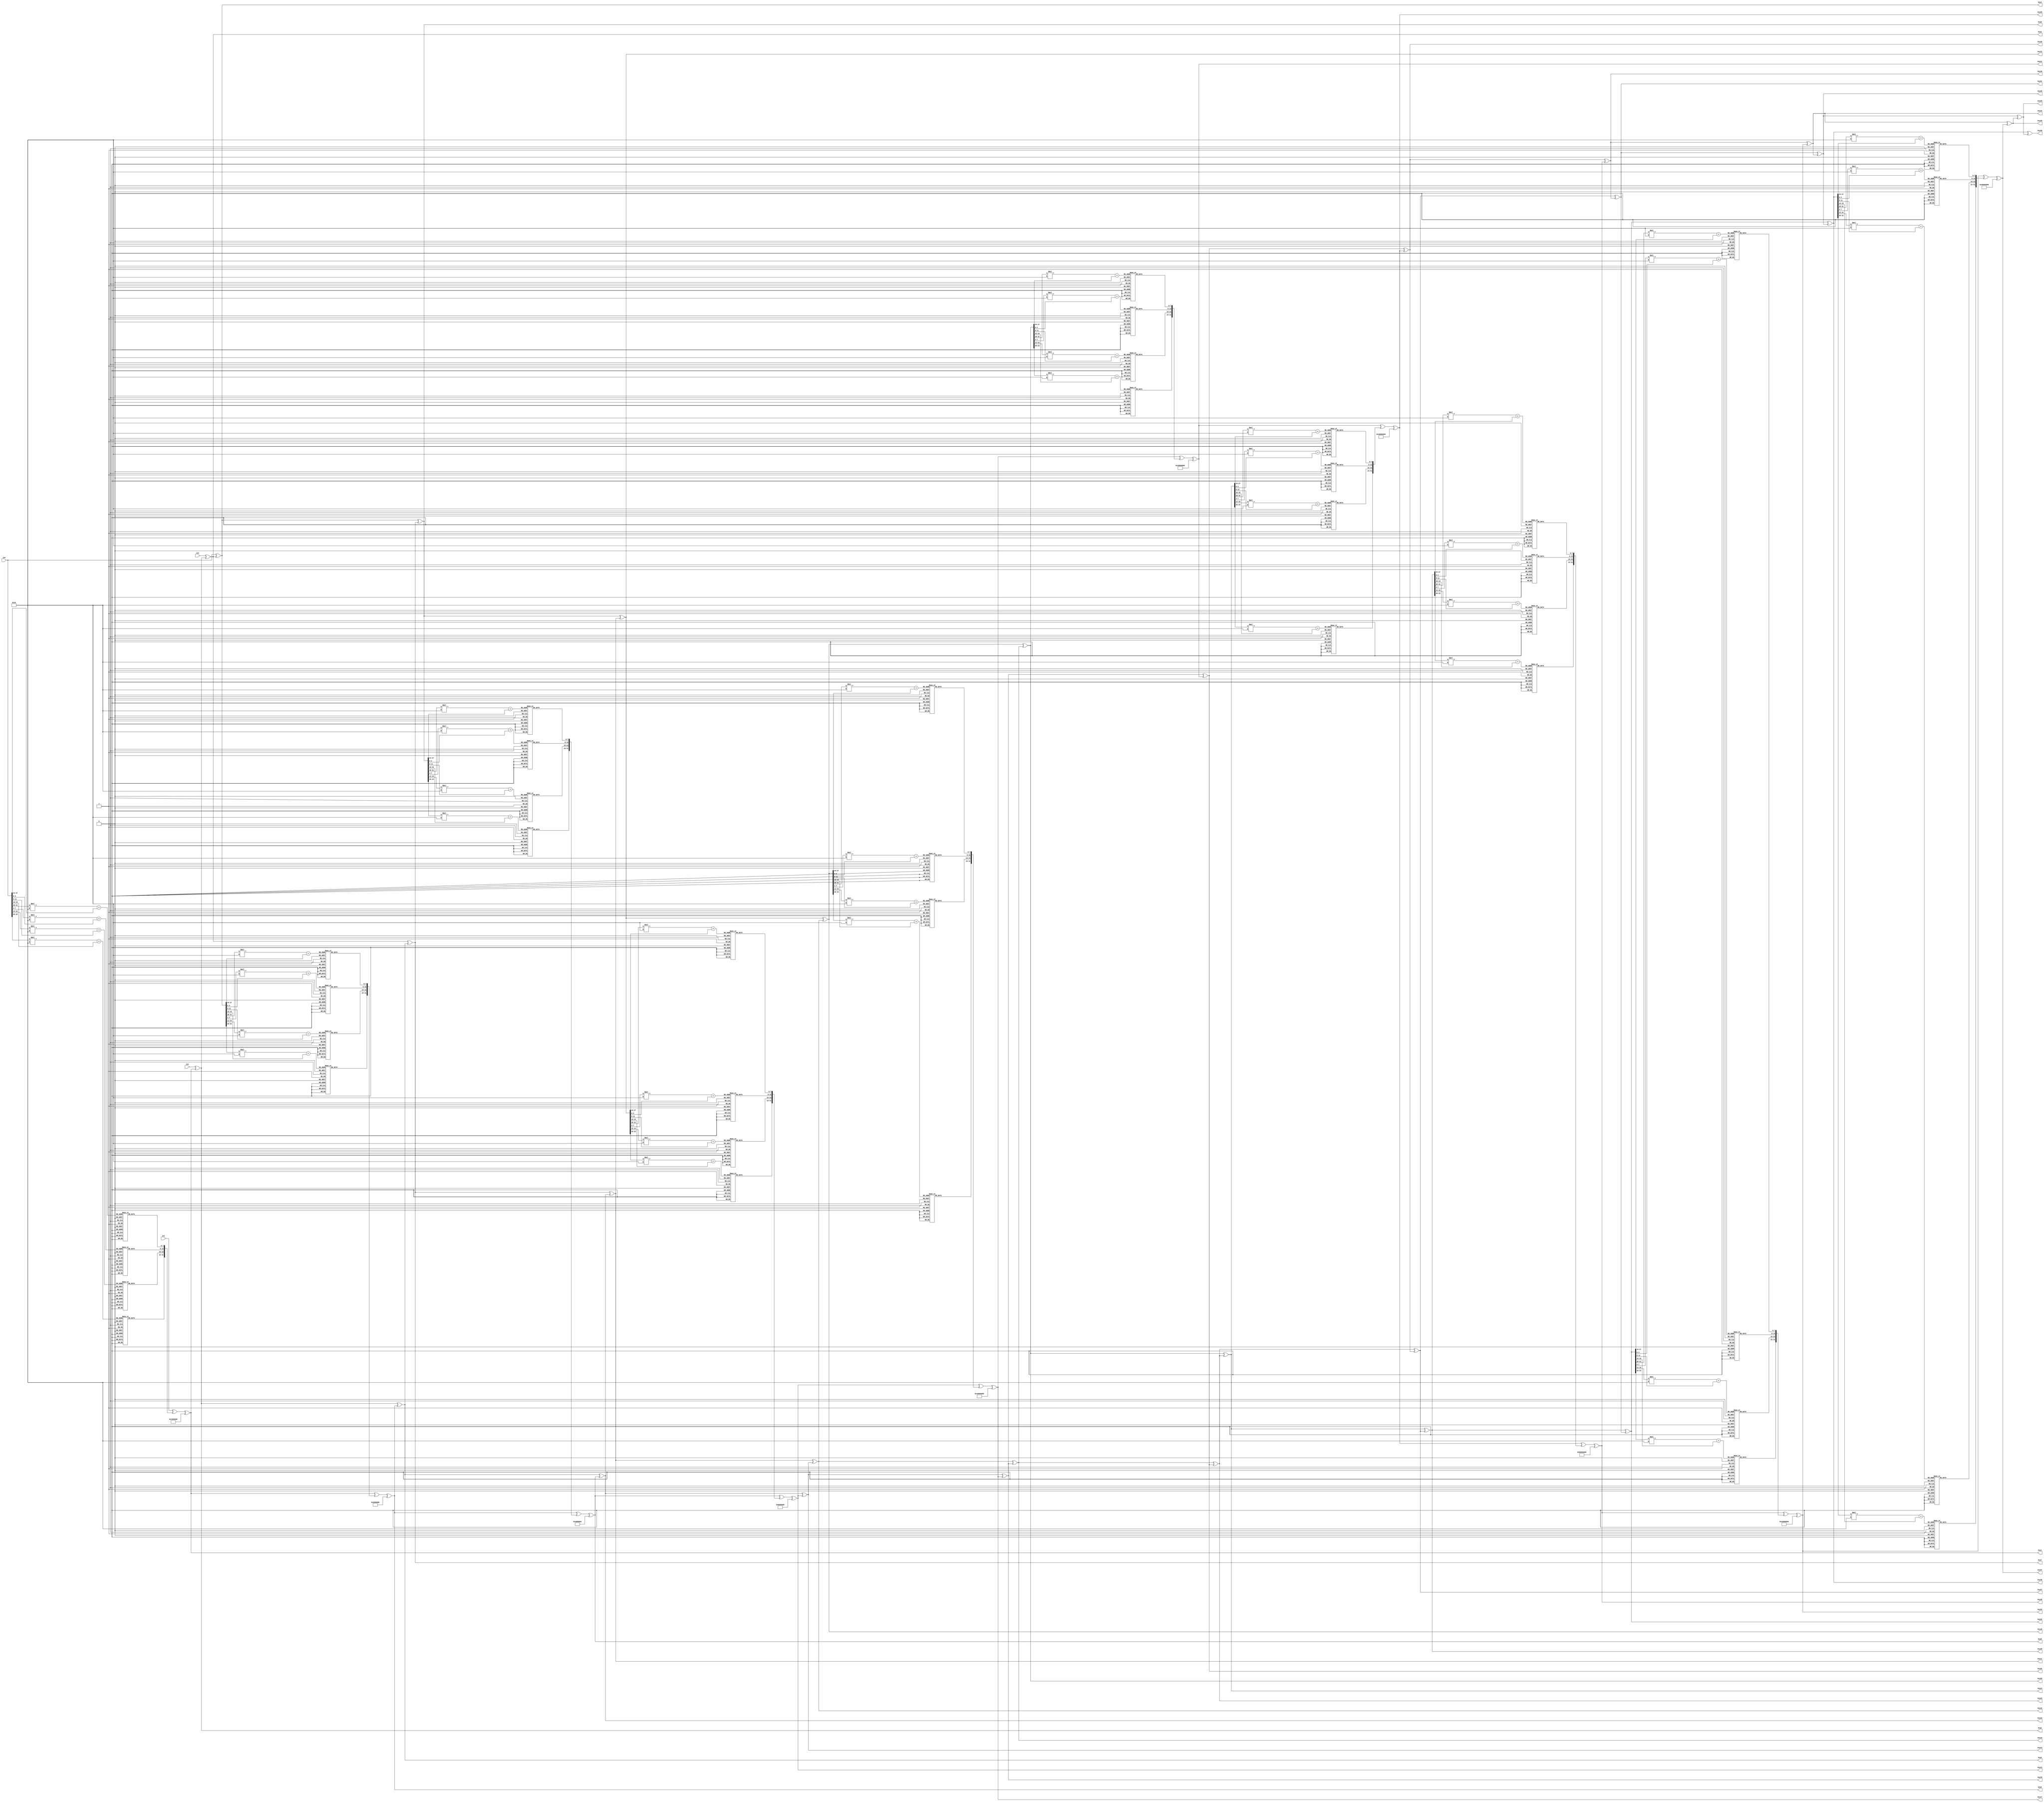
module exp (in1,in2,in3,in4,key1,key2,key3,key4,key5,key6,key7,key8,key9,key10,key11,
            key12,key13,key14,key15,key16,key17,key18,key19,key20,key21,key22,key23,key24,
            key25,key26,key27,key28,key29,key30,key31,key32,key33,key34,key35,key36,key37,key38,key39,key40);
  
  //initial key
  
  input [31:0] in1,in2,in3,in4;
  
  //output keys 
  output [31:0] key1,key2,key3,key4; // 1st 
  output [31:0] key5,key6,key7,key8; // 2nd
  output [31:0] key9,key10,key11,key12; // 3rd
  output [31:0] key13,key14,key15,key16; // 4th
  output [31:0] key17,key18,key19,key20; // 5th
  output [31:0] key21,key22,key23,key24; // 6th
  output [31:0] key25,key26,key27,key28; // 7th
  output [31:0] key29,key30,key31,key32; // 8th
  output [31:0] key33,key34,key35,key36; // 9th
  output [31:0] key37,key38,key39,key40; // 10th
  
  
  //wire
  wire [31:0] rot0 ,rot1 ,rot2 ,rot3 ,rot4 ,rot5 ,rot6 ,rot7 ,rot8 ,rot9;
  
  //round-constant matrix
  parameter [31:0] rcon0=32'h01000000,rcon1=32'h02000000,rcon2=32'h04000000,rcon3=32'h08000000;
  parameter [31:0] rcon4=32'h10000000,rcon5=32'h20000000,rcon6=32'h40000000,rcon7=32'h80000000;
  parameter [31:0] rcon8=32'h1b000000,rcon9=32'h36000000;
  
  
  
  
  // matrix  '1'
  assign rot0= { in4 [23:0] , in4 [31:24] };
  assign key1 = in1 ^ (sub(rot0)) ^ rcon0 ;
  assign key2 = in2 ^ key1 ; 
  assign key3 = in3 ^ key2 ;
  assign key4 = in4 ^ key3 ;
  
  
  // matrix  '2'
  assign rot1= { key4 [23:0] , key4 [31:24] };
  assign key5 = key1 ^ (sub(rot1)) ^ rcon1 ;
  assign key6 = key2 ^ key5 ; 
  assign key7 = key3 ^ key6 ;
  assign key8 = key4 ^ key7 ;
  
  // matrix  '3'
  assign rot2= { key8 [23:0] , key8 [31:24] };
  assign key9 = key5 ^ (sub(rot2)) ^ rcon2 ;
  assign key10 = key6 ^ key9 ; 
  assign key11 = key7 ^ key10 ;
  assign key12 = key8 ^ key11 ;
  
  // matrix  '4'
  assign rot3= { key12 [23:0] , key12 [31:24] };
  assign key13 = key9 ^ (sub(rot3)) ^ rcon3 ;
  assign key14 = key10 ^ key13 ; 
  assign key15 = key11 ^ key14 ;
  assign key16 = key12 ^ key15 ;
  
  //matrix '5'
  assign rot4= { key16 [23:0] , key16 [31:24] };
  assign key17 = key13 ^ (sub(rot4)) ^ rcon4 ;
  assign key18 = key14 ^ key17 ; 
  assign key19 = key15 ^ key18 ;
  assign key20 = key16 ^ key19 ;
  
  //matrix '6'
  assign rot5= { key20 [23:0] , key20 [31:24] };
  assign key21 = key17 ^ (sub(rot5)) ^ rcon5 ;
  assign key22 = key18 ^ key21 ; 
  assign key23 = key19 ^ key22 ;
  assign key24 = key20 ^ key23 ;
  
  //matrix '7'
  assign rot6= { key24 [23:0] , key24 [31:24] };
  assign key25 = key21 ^ (sub(rot6)) ^ rcon6 ;
  assign key26 = key22 ^ key25 ; 
  assign key27 = key23 ^ key26 ;
  assign key28 = key24 ^ key27 ;
  
  //matrix '8'
  assign rot7= { key28 [23:0] , key28 [31:24] };
  assign key29 = key25 ^ (sub(rot7)) ^ rcon7 ;
  assign key30 = key26 ^ key29 ; 
  assign key31 = key27 ^ key30 ;
  assign key32 = key28 ^ key31 ;
  
  //matrix '9'
  assign rot8= { key32 [23:0] , key32 [31:24] };
  assign key33 = key29 ^ (sub(rot8)) ^ rcon8 ;
  assign key34 = key30 ^ key33 ; 
  assign key35 = key31 ^ key34 ;
  assign key36 = key32 ^ key35 ;
  
  //matrix '10'
  assign rot9= { key36 [23:0] , key36 [31:24] };
  assign key37 = key33 ^ (sub(rot9)) ^ rcon9 ;
  assign key38 = key34 ^ key37 ; 
  assign key39 = key35 ^ key38 ;
  assign key40 = key36 ^ key39 ;


function [31:0] sub;
  input [31:0] row_key;
  reg [7:0] s_box [15:0][15:0];
  
  begin    
 	// first row 
	s_box[0][0] = 8'h63;
	s_box[0][1] = 8'h7C;
	s_box[0][2] = 8'h77;
	s_box[0][3] = 8'h7B;
	s_box[0][4] = 8'hF2;
	s_box[0][5] = 8'h6B;
	s_box[0][6] = 8'h6F;
	s_box[0][7] = 8'hC5;
	s_box[0][8] = 8'h30;
	s_box[0][9] = 8'h01;
	s_box[0][10] = 8'h67;
	s_box[0][11] = 8'h2B;
	s_box[0][12] = 8'hFE;
	s_box[0][13] = 8'hD7;
	s_box[0][14] = 8'hAB;
	s_box[0][15] = 8'h76;


 	// second row 
	s_box[1][0] = 8'hCA;
	s_box[1][1] = 8'h82;
	s_box[1][2] = 8'hC9;
	s_box[1][3] = 8'h7D;
	s_box[1][4] = 8'hFA;
	s_box[1][5] = 8'h59;
	s_box[1][6] = 8'h47;
	s_box[1][7] = 8'hF0;
	s_box[1][8] = 8'hAD;
	s_box[1][9] = 8'hD4;
	s_box[1][10] = 8'hA2;
	s_box[1][11] = 8'hAF;
	s_box[1][12] = 8'h9C;
	s_box[1][13] = 8'hA4;
	s_box[1][14] = 8'h72;
	s_box[1][15] = 8'hC0;

 	// third row 
	s_box[2][0] = 8'hB7;
	s_box[2][1] = 8'hFD;
	s_box[2][2] = 8'h93;
	s_box[2][3] = 8'h26;
	s_box[2][4] = 8'h36;
	s_box[2][5] = 8'h3F;
	s_box[2][6] = 8'hF7;
	s_box[2][7] = 8'hCC;
	s_box[2][8] = 8'h34;
	s_box[2][9] = 8'hA5;
	s_box[2][10] = 8'hE5;
	s_box[2][11] = 8'hF1;
	s_box[2][12] = 8'h71;
	s_box[2][13] = 8'hD8;
	s_box[2][14] = 8'h31;
	s_box[2][15] = 8'h15;


 	// fourth row 
	s_box[3][0] = 8'h04;
	s_box[3][1] = 8'hC7;
	s_box[3][2] = 8'h23;
	s_box[3][3] = 8'hC3;
	s_box[3][4] = 8'h18;
	s_box[3][5] = 8'h96;
	s_box[3][6] = 8'h05;
	s_box[3][7] = 8'h9A;
	s_box[3][8] = 8'h07;
	s_box[3][9] = 8'h12;
	s_box[3][10] = 8'h80;
	s_box[3][11] = 8'hE2;
	s_box[3][12] = 8'hEB;
	s_box[3][13] = 8'h27;
	s_box[3][14] = 8'hB2;
	s_box[3][15] = 8'h75;



 	// fifth row 
	s_box[4][0] = 8'h09;
	s_box[4][1] = 8'h83;
	s_box[4][2] = 8'h2C;
	s_box[4][3] = 8'h1A;
	s_box[4][4] = 8'h1B;
	s_box[4][5] = 8'h6E;
	s_box[4][6] = 8'h5A;
	s_box[4][7] = 8'hA0;
	s_box[4][8] = 8'h52;
	s_box[4][9] = 8'h3B;
	s_box[4][10] = 8'hD6;
	s_box[4][11] = 8'hB3;
	s_box[4][12] = 8'h29;
	s_box[4][13] = 8'hE3;
	s_box[4][14] = 8'h2F;
	s_box[4][15] = 8'h84;



 	// sixth row 
	s_box[5][0]  = 8'h53;
	s_box[5][1]  = 8'hD1;
	s_box[5][2]  = 8'h00;
	s_box[5][3]  = 8'hED;
	s_box[5][4]  = 8'h20;
	s_box[5][5]  = 8'hFC;
	s_box[5][6]  = 8'hB1;
	s_box[5][7]  = 8'h5B;
	s_box[5][8]  = 8'h6A;
	s_box[5][9]  = 8'hCB;
	s_box[5][10] = 8'hBE;
	s_box[5][11] = 8'h39;
	s_box[5][12] = 8'h4A;
	s_box[5][13] = 8'h4C;
	s_box[5][14] = 8'h58;
	s_box[5][15] = 8'hCF;


 	// seventh row 
	s_box[6][0] = 8'hD0;
	s_box[6][1] = 8'hEF;
	s_box[6][2] = 8'hAA;
	s_box[6][3] = 8'hFB;
	s_box[6][4] = 8'h43;
	s_box[6][5] = 8'h4D;
	s_box[6][6] = 8'h33;
	s_box[6][7] = 8'h85;
	s_box[6][8] = 8'h45;
	s_box[6][9] = 8'hF9;
	s_box[6][10] = 8'h02;
	s_box[6][11] = 8'h7F;
	s_box[6][12] = 8'h50;
	s_box[6][13] = 8'h3C;
	s_box[6][14] = 8'h9F;
	s_box[6][15] = 8'hA8;

 	// eighth row 
	s_box[7][0] = 8'h51;
	s_box[7][1] = 8'hA3;
	s_box[7][2] = 8'h40;
	s_box[7][3] = 8'h8F;
	s_box[7][4] = 8'h92;
	s_box[7][5] = 8'h9D;
	s_box[7][6] = 8'h38;
	s_box[7][7] = 8'hF5;
	s_box[7][8] = 8'hBC;
	s_box[7][9] = 8'hB6;
	s_box[7][10] = 8'hDA;
	s_box[7][11] = 8'h21;
	s_box[7][12] = 8'h10;
	s_box[7][13] = 8'hFF;
	s_box[7][14] = 8'hF3;
	s_box[7][15] = 8'hD2;

 	// ninth row 
	s_box[8][0] = 8'hCD;
	s_box[8][1] = 8'h0C;
	s_box[8][2] = 8'h13;
	s_box[8][3] = 8'hEC;
	s_box[8][4] = 8'h5F;
	s_box[8][5] = 8'h97;
	s_box[8][6] = 8'h44;
	s_box[8][7] = 8'h17;
	s_box[8][8] = 8'hC4;
	s_box[8][9] = 8'hA7;
	s_box[8][10] = 8'h7E;
	s_box[8][11] = 8'h3D;
	s_box[8][12] = 8'h64;
	s_box[8][13] = 8'h5D;
	s_box[8][14] = 8'h19;
	s_box[8][15] = 8'h73;


 	// tenth row 
	s_box[9][0] = 8'h60;
	s_box[9][1] = 8'h81;
	s_box[9][2] = 8'h4F;
	s_box[9][3] = 8'hDC;
	s_box[9][4] = 8'h22;
	s_box[9][5] = 8'h2A;
	s_box[9][6] = 8'h90;
	s_box[9][7] = 8'h88;
	s_box[9][8] = 8'h46;
	s_box[9][9] = 8'hEE;
	s_box[9][10] = 8'hB8;
	s_box[9][11] = 8'h14;
	s_box[9][12] = 8'hDE;
	s_box[9][13] = 8'h5E;
	s_box[9][14] = 8'h0B;
	s_box[9][15] = 8'hDB;



	// eleventh row 
	s_box[10][0] = 8'hE0;
	s_box[10][1] = 8'h32;
	s_box[10][2] = 8'h3A;
	s_box[10][3] = 8'h0A;
	s_box[10][4] = 8'h49;
	s_box[10][5] = 8'h06;
	s_box[10][6] = 8'h24;
	s_box[10][7] = 8'h5C;
	s_box[10][8] = 8'hC2;
	s_box[10][9] = 8'hD3;
	s_box[10][10] = 8'hAC;
	s_box[10][11] = 8'h62;
	s_box[10][12] = 8'h91;
	s_box[10][13] = 8'h95;
	s_box[10][14] = 8'hE4;
	s_box[10][15] = 8'h79;

	// twelveth row 
	s_box[11][0] = 8'hE7;
	s_box[11][1] = 8'hC8;
	s_box[11][2] = 8'h37;
	s_box[11][3] = 8'h6D;
	s_box[11][4] = 8'h8D;
	s_box[11][5] = 8'hD5;
	s_box[11][6] = 8'h4E;
	s_box[11][7] = 8'hA9;
	s_box[11][8] = 8'h6C;
	s_box[11][9] = 8'h56;
	s_box[11][10] = 8'hF4;
	s_box[11][11] = 8'hEA;
	s_box[11][12] = 8'h65;
	s_box[11][13] = 8'h7A;
	s_box[11][14] = 8'hAE;
	s_box[11][15] = 8'h08;


	// thirteenth row 
	s_box[12][0] = 8'hBA;
	s_box[12][1] = 8'h78;
	s_box[12][2] = 8'h25;
	s_box[12][3] = 8'h2E;
	s_box[12][4] = 8'h1C;
	s_box[12][5] = 8'hA6;
	s_box[12][6] = 8'hB4;
	s_box[12][7] = 8'hC6;
	s_box[12][8] = 8'hE8;
	s_box[12][9] = 8'hDD;
	s_box[12][10] = 8'h74;
	s_box[12][11] = 8'h1F;
	s_box[12][12] = 8'h4D;
	s_box[12][13] = 8'hBD;
	s_box[12][14] = 8'h8B;
	s_box[12][15] = 8'h8A;

	// fourteenth row 
	s_box[13][0] = 8'h70;
	s_box[13][1] = 8'h3E;
	s_box[13][2] = 8'hB5;
	s_box[13][3] = 8'h66;
	s_box[13][4] = 8'h48;
	s_box[13][5] = 8'h03;
	s_box[13][6] = 8'hF6;
	s_box[13][7] = 8'h0E;
	s_box[13][8] = 8'h61;
	s_box[13][9] = 8'h35;
	s_box[13][10] = 8'h57;
	s_box[13][11] = 8'hB9;
	s_box[13][12] = 8'h86;
	s_box[13][13] = 8'hC1;
	s_box[13][14] = 8'h1D;
	s_box[13][15] = 8'h9E;


	//fifteenth row 
	s_box[14][0] = 8'hE1;
	s_box[14][1] = 8'hF8;
	s_box[14][2] = 8'h98;
	s_box[14][3] = 8'h11;
	s_box[14][4] = 8'h69;
	s_box[14][5] = 8'hD9;
	s_box[14][6] = 8'h8E;
	s_box[14][7] = 8'h94;
	s_box[14][8] = 8'h9B;
	s_box[14][9] = 8'h1E;
	s_box[14][10] = 8'h87;
	s_box[14][11] = 8'hE9;
	s_box[14][12] = 8'hCE;
	s_box[14][13] = 8'h55;
	s_box[14][14] = 8'h28;
	s_box[14][15] = 8'hDF;


	// fifteenth row 
	s_box[15][0] = 8'h8C;
	s_box[15][1] = 8'hA1;
	s_box[15][2] = 8'h89;
	s_box[15][3] = 8'h8D;
	s_box[15][4] = 8'hBF;
	s_box[15][5] = 8'hE6;
	s_box[15][6] = 8'h42;
	s_box[15][7] = 8'h68;
	s_box[15][8] = 8'h41;
	s_box[15][9] = 8'h99;
	s_box[15][10] = 8'h2D;
	s_box[15][11] = 8'h0F;
	s_box[15][12] = 8'hB0;
	s_box[15][13] = 8'h54;
	s_box[15][14] = 8'hBB;
	s_box[15][15] = 8'h16;
	
	
	 sub[7 :0 ] = s_box [ row_key[7 :4] ][ row_key[ 3:0 ] ] ;
	 sub[15:8 ] = s_box [ row_key[15:12]][ row_key[11:8 ] ] ;
	 sub[23:16] = s_box [ row_key[23:20]][ row_key[19:16] ] ;
   sub[31:24] = s_box [ row_key[31:28]][ row_key[27:24] ] ;
  
  
  
  end
  
  
endfunction
  
  



endmodule